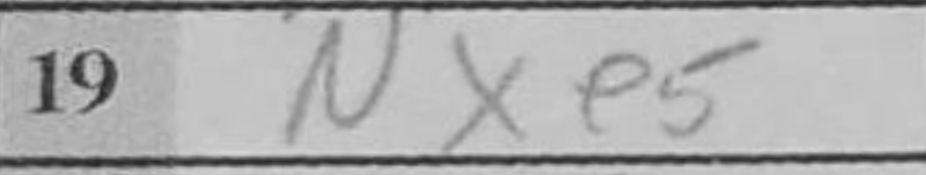
Transcription: Nxe5